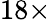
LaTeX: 18\times